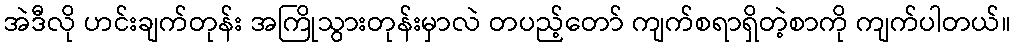
အဲဒီလို ဟင်းချက်တုန်း အကြိုသွားတုန်းမှာလဲ တပည့်တော် ကျက်စရာရှိတဲ့စာကို ကျက်ပါတယ်။